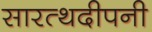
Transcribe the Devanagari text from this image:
सारत्थदीपनी